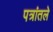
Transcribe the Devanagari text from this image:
पत्रांतले